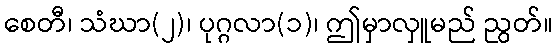
စေတီ၊ သံဃာ(၂)၊ ပုဂ္ဂလာ(၁)၊ ဤမှာလှူမည် ညွတ်။